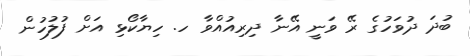
ބުދަ ދުވަހުގެ ރޭ ވަނީ އޭނާ ދިރިއުުއްވާ ހ. ހިޔާކޯޅި އަށް ފުުލުހުން